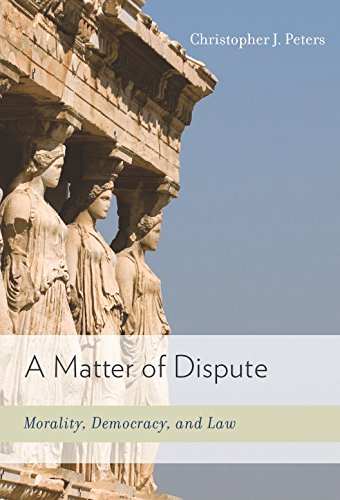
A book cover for A Matter of Dispute: Morality, Democracy, and Law; Christopher J. Peters; Law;